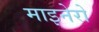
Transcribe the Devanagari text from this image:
माइनेरो